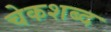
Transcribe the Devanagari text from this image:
चेकशब्द